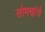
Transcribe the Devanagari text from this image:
सोमणांचे